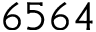
6 5 6 4